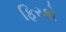
ફિરકો